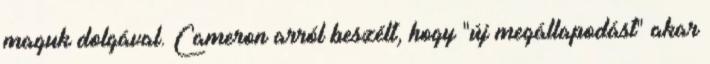
maguk dolgával. Cameron arról beszélt, hogy "új megállapodást" akar